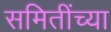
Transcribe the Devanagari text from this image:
समितींच्या